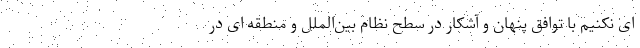
ای نکنیم با توافق پنهان و آشکار در سطح نظام بین‌الملل و منطقه ای در